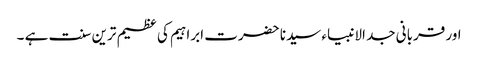
اور قربانی جد الانبیاء سیدنا حضرت ابراہیم کی عظیم ترین سنت ہے ۔